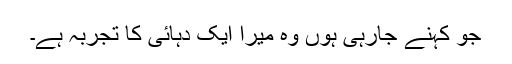
جو کہنے جارہی ہوں وہ میرا ایک دہائی کا تجربہ ہے۔